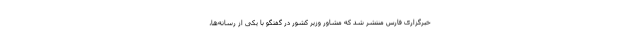
خبرگزاری فارس منتشر شد که مشاور وزیر کشور در گفتگو با یکی از رسانه‌ها،